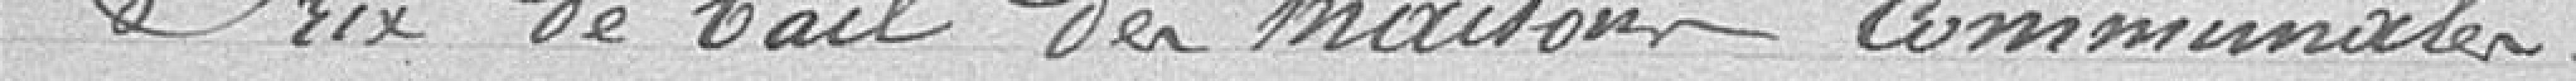
8 / Prix de bail des maisons communales